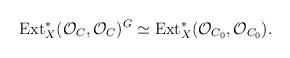
LaTeX: \begin{align*}{\rm Ext}^*_X({\cal O}_C,{\cal O}_C)^G\simeq {\rm Ext}^*_X({\cal O}_{C_0},{\cal O}_{C_0}).\end{align*}